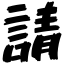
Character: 請